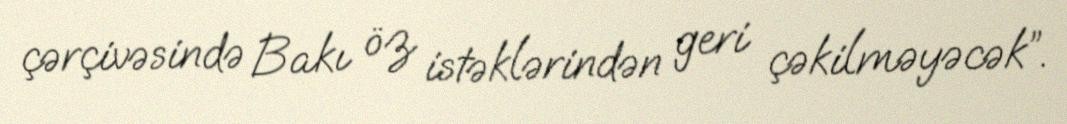
çərçivəsində Bakı öz istəklərindən geri çəkilməyəcək”.